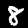
Digit: 8